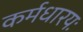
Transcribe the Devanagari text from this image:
कर्मधारयः